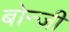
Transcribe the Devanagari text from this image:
बोन्ज़ी